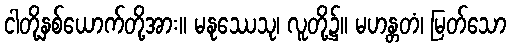
ငါတို့နှစ်ယောက်တို့အား။ မနုဿေသု၊ လူတို့၌။ မဟန္တတံ၊ မြတ်သော